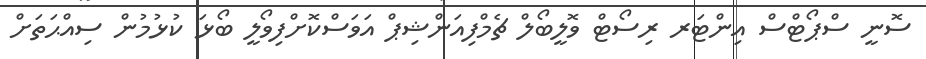
ސޮނީ ސްޕޯޓްސް އިންޓަރ ރިސޯޓް ވޮލީބޯލް ޗެމްފިއަންޝިޕް އަވަސްކޮށްފިވޯލީ ބޯޅަ ކުޅުމުން ސިއްޙަތަށް